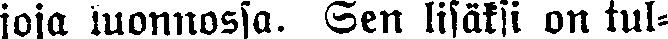
joja luonnossa. Sen lisäksi on tul-